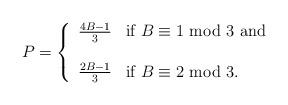
LaTeX: \begin{align*} P = \left \{\begin{array}{ll} \frac{4B-1}{3} & \mbox{if } B \equiv 1 \mbox{ mod } 3 \mbox{ and }\\ \\\frac{2B-1}{3} & \mbox{if } B \equiv 2 \mbox{ mod } 3. \end{array}\right .\end{align*}